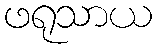
ဖရုသာယ